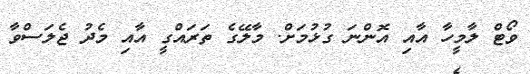
ވޯޓް ލާމީހާ އާއި އޮންނަ ގުޅުމަށް. މާލޭގެ ތަރައްގީ އާއި މެދު ޖެލަސްވާ